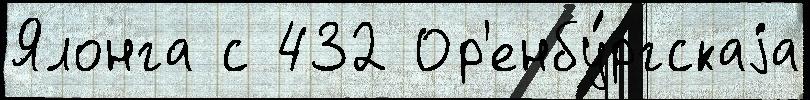
Ялонга с 432 Ор'енбу́ргскаjа